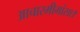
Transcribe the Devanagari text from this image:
आचारमीमांसा।